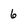
Character: 6